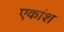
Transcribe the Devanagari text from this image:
एकांश